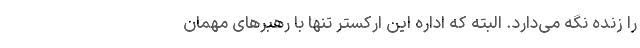
را زنده نگه می‌دارد. البته که اداره این ارکستر تنها با رهبرهای مهمان